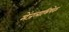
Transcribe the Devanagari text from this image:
मेंजलाभिषेक